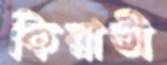
কিরাতী